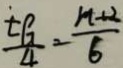
\frac { t G } { 4 } = \frac { m + 2 } { 6 }